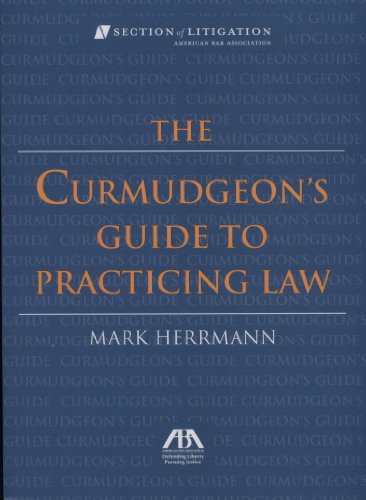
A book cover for The Curmudgeon's Guide to Practicing Law; Mark  Herrmann; Law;